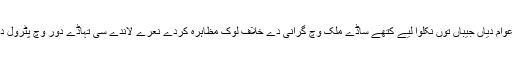
کہن والے تے ایتھوں تیکر کہندے نیں کہ حکومت دے اک فیصلے نال چار ارب روپئے پٹرول کمپنیاں نے عوام دیاں جیباں توں نکلوا لیے کتھے ساڈے ملک وچ گرانی دے خلاف لوک مظاہرہ کردے نعرے لاندے سی تہاڈے دور وچ پٹرول دی قیمت وچ وادھے دے باوجود عوام نے ایس بنا اُتے سکھ دا ساہ لیا اے کہ دستیابی دا سلسلا تے شروع ہویا۔